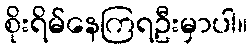
စိုးရိမ်နေကြရဦးမှာပါ။